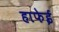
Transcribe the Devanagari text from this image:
हाफेई